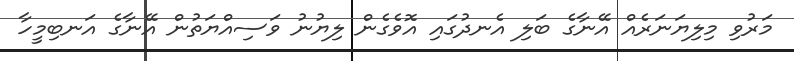
މަރުވި މިލިޔަނަރެއް އޭނާގެ ބަލި އެނދުގައި އޮވެގެން ލިޔުނު ވަސިއްޔަތުން އޭނާގެ އަނބިމީހާ